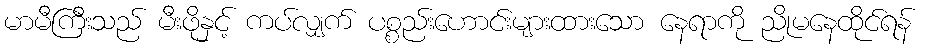
မာမီကြီးသည် မီးဖိုနှင့် ကပ်လျှက် ပစ္စည်းဟောင်းများထားသော နေရာကို ညိုမနေထိုင်ရန်